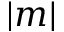
| m |